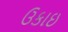
ઉકાઇ